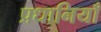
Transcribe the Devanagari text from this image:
प्रधानियाँ